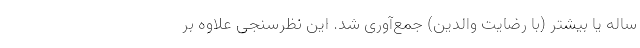
ساله یا بیشتر (با رضایت والدین) جمع‌آوری شد. این نظرسنجی علاوه بر